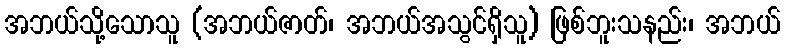
အဘယ်သို့သောသူ (အဘယ်ဇာတ်၊ အဘယ်အသွင်ရှိသူ) ဖြစ်ဘူးသနည်း၊ အဘယ်